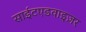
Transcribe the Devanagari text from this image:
साईटएडवाइज़र